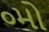
૦મો